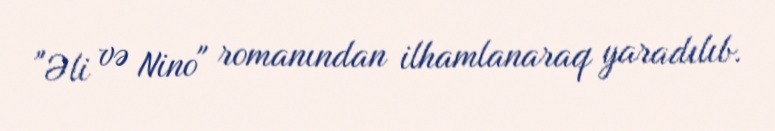
"Əli və Nino" romanından ilhamlanaraq yaradılıb.